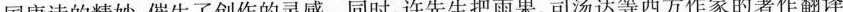
国唐诗的精妙，催生了创作的灵感。同时，许先生把雨果、司汤达等西方作家的著作翻译